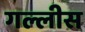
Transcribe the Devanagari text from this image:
गल्लीस